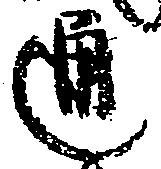
通